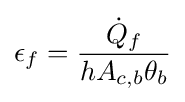
\epsilon _{f}={\frac {{\dot {Q}}_{f}}{hA_{c,b}\theta _{b}}}